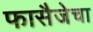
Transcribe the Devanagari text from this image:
फासैजेचा